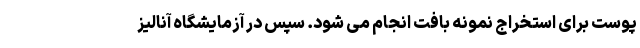
پوست برای استخراج نمونه بافت انجام می شود. سپس در آزمایشگاه آنالیز